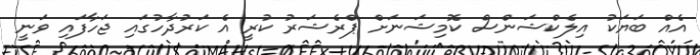
އެއް ބަޔަކު އިލެކްޝަންސް ކޮމިޝަނަށް ޕްރެޝަރު ކުރީ އެ ކަރުދާހުގައި ޖަހާފައި ވަނީ